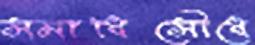
সমাধিসৌধে